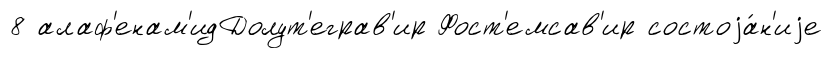
8 алаф'енам'идДолут'еграв'ир Фост'емсав'ир состоjа́н'иjе